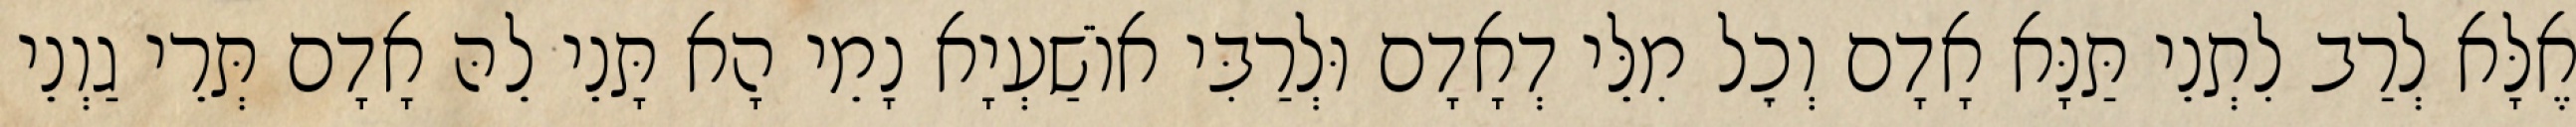
אֶלָּא לְרַב לִתְנֵי תַּנָּא אָדָם וְכׇל מִלֵּי דְאָדָם וּלְרַבִּי אוֹשַׁעְיָא נָמֵי הָא תָּנֵי לֵהּ אָדָם תְּרֵי גַוְנֵי